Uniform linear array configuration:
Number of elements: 8
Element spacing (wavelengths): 0.5
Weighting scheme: exponential
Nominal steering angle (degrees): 0
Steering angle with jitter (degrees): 1.859
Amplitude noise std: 0.05
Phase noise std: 0.05

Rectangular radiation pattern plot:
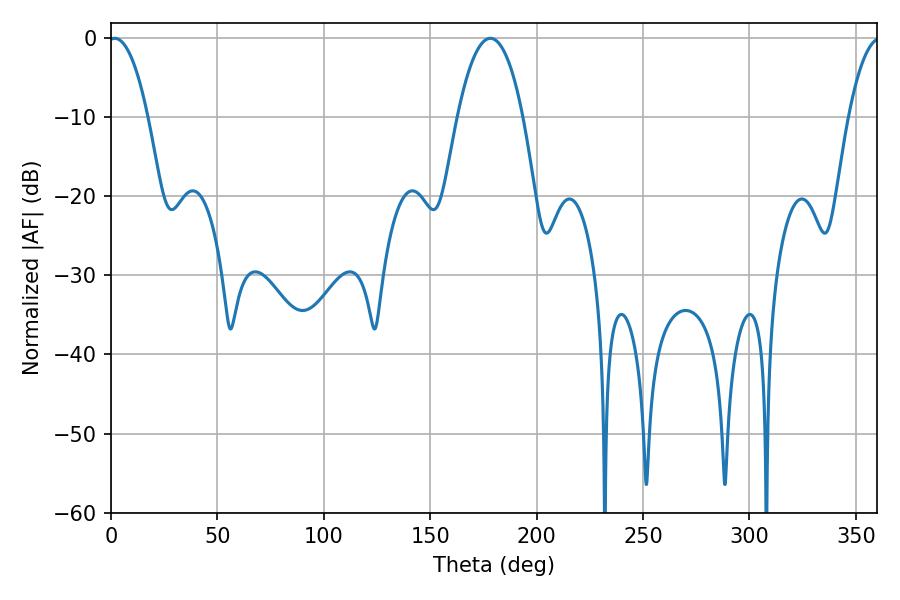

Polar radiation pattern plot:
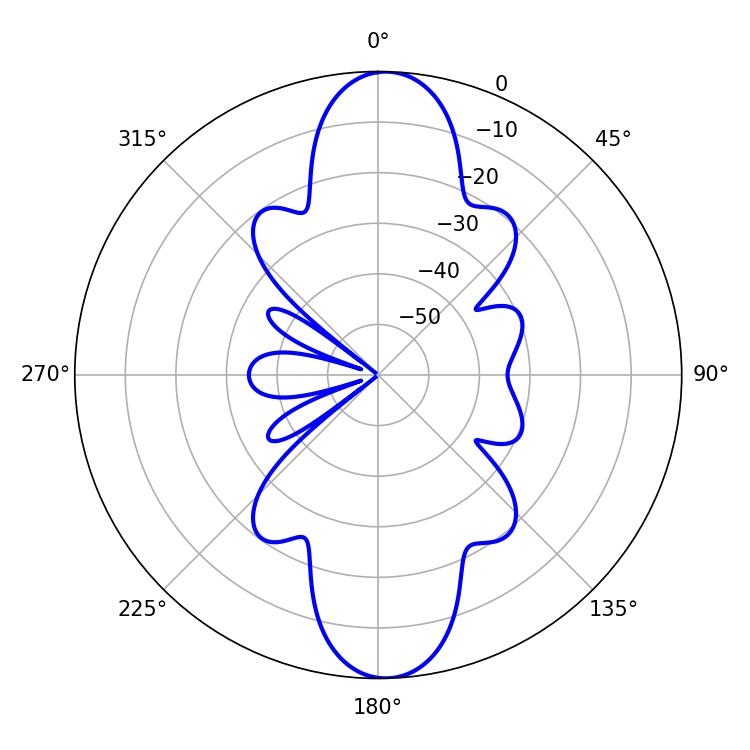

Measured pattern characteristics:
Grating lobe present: FALSE
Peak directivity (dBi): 19.471
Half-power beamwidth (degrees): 10.26
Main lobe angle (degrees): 1.8